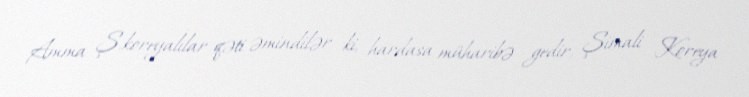
Amma Ş.koreyalılar qəti əmindilər ki, hardasa müharibə gedir, Şimali Koreya